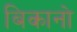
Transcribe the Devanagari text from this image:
बिकानो